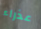
عذراء